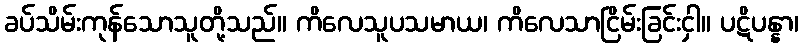
ခပ်သိမ်းကုန်သောသူတို့သည်။ ကိလေသူပသမာယ၊ ကိလေသာငြိမ်းခြင်းငှါ။ ပဋိပန္နာ၊